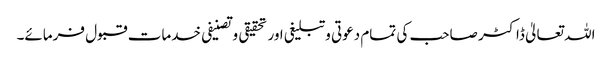
اللہ تعالیٰ ڈاکٹر صاحب کی تمام دعوتی وتبلیغی اور تحقیقی وتصنیفی خدمات قبول فرمائے۔